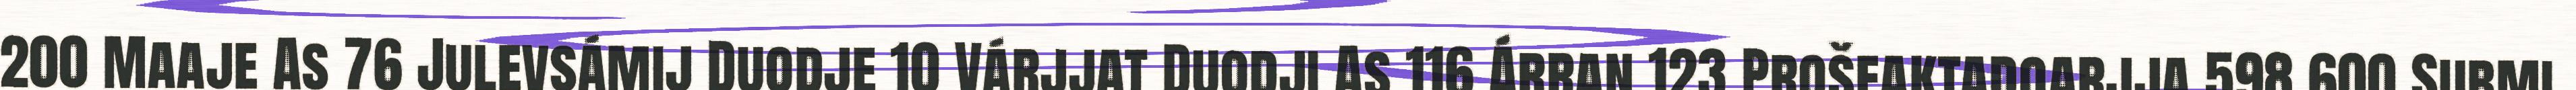
200 Maaje As 76 Julevsámij Duodje 10 Várjjat Duodji As 116 Árran 123 Prošeaktadoarjja 598 600 Submi